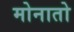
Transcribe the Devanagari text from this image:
मोनातो